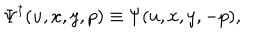
{ \mit \Psi } ^ { \dagger } ( u , x , y , p ) \equiv { \mit \Psi } ( u , x , y , - p ) ,